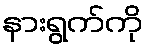
နားရွက်ကို